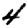
Digit: 4